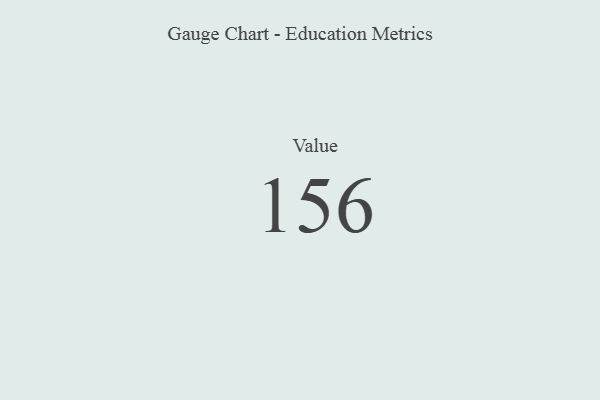
{"axis": {"x": "Metric", "y": "Value"}, "legend": [""], "data": [{"x": "Value", "y": 156, "type": ""}]}